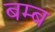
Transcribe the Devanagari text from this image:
बम्‍ब